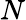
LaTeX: N